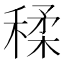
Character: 𥠊